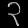
Digit: ၃